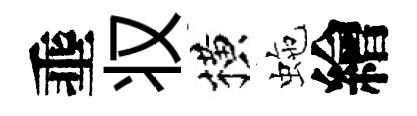
埀𠬧横虵繪